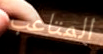
المتاعب